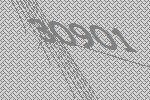
30901